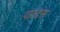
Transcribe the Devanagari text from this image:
पाल्टस